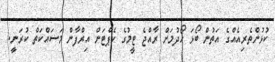
ކުޅުންތެރިއެއްގެ އަތުން ބޯޅަ ހޯދުމަށް ރާއްޖެ ޓީމުގެ ކެޕްޓަން އިރްފާން މަސައްކަތް ކުރަނީ.